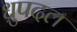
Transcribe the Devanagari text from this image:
ध्रुपदल